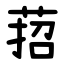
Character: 萔